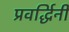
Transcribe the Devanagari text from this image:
प्रवर्द्धिनी